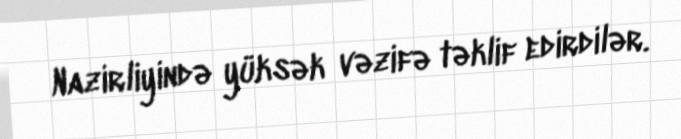
Nazirliyində yüksək vəzifə təklif edirdilər.